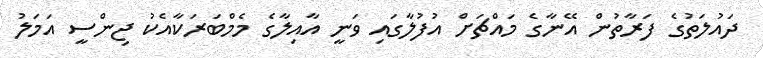
ދައުލަތުގެ ފަރާތުން އޭނާގެ މައްޗަށް އުފުލާގައި ވަނީ އާއިލާގެ މެމްބަރަކާއެކު ޖިންސީ އަމަލު